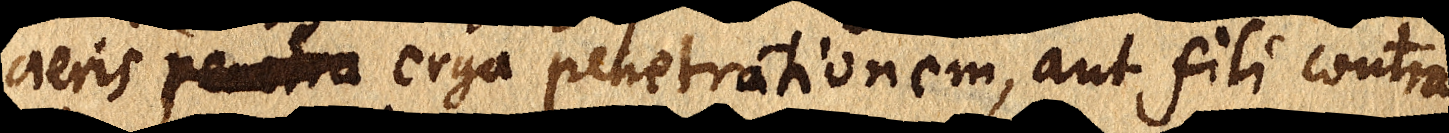
aeris penetra erga penetrationem, aut fili contra